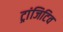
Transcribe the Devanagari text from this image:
ट्रांजिटिव